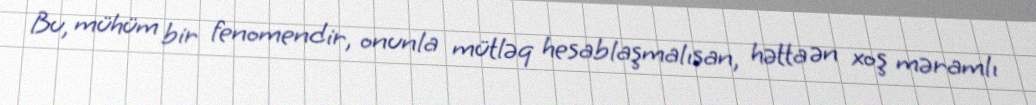
Bu, mühüm bir fenomendir, onunla mütləq hesablaşmalısan, hətta ən xoş məramlı